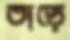
তাড়ে